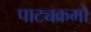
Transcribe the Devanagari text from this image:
पाट्यक्रमो